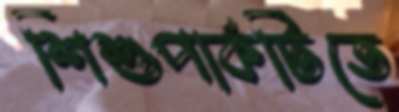
শিশুপার্কটিতে